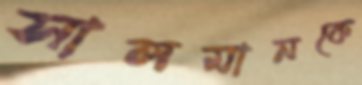
সালমানকে